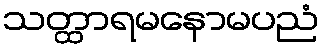
သတ္ထာရမနောမပညံ